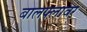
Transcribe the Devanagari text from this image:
बालफ्लावर